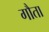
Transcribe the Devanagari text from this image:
गौता